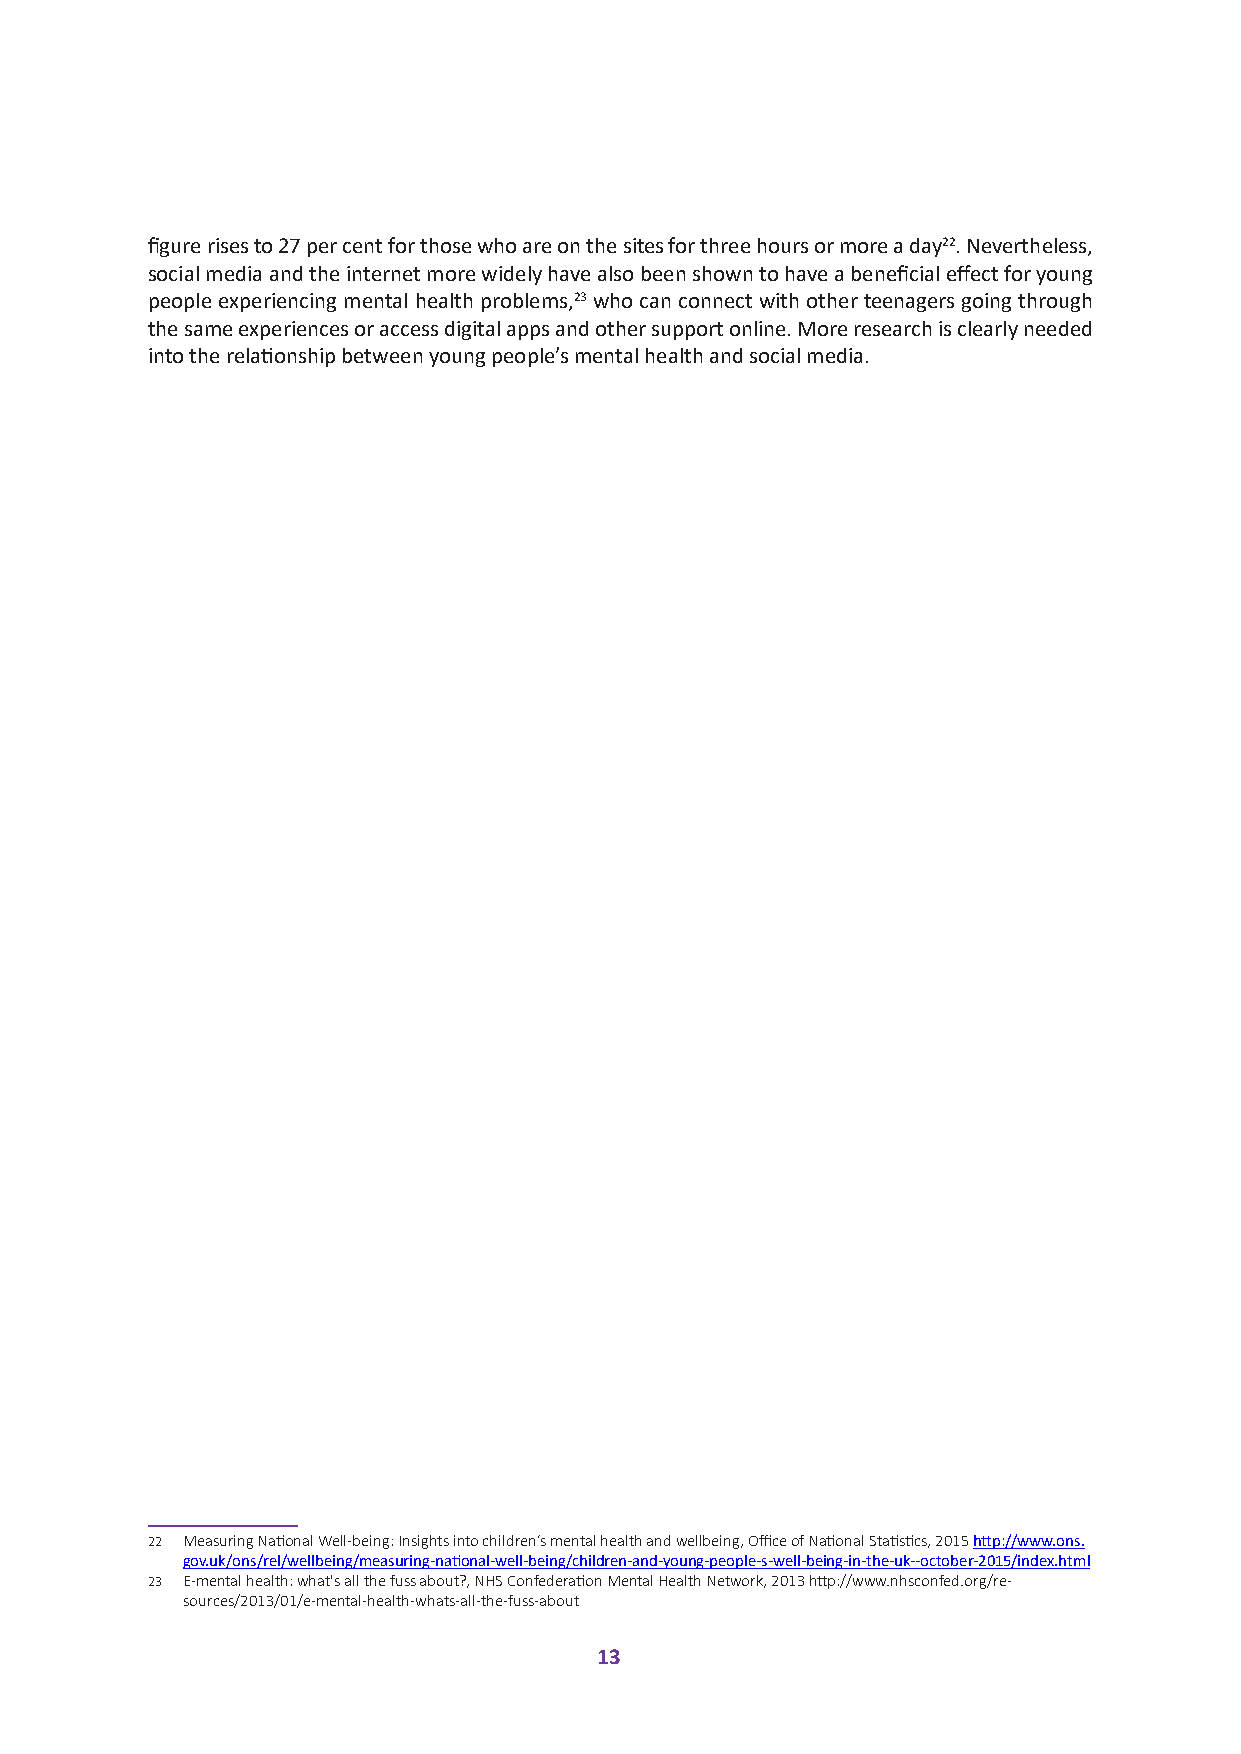
figure rises to 27 per cent for those who are on the sites for three hours or more a day22. Nevertheless,
 social media and the internet more widely have also been shown to have a beneficial effect for young
 people experiencing mental health problems,23 who can connect with other teenagers going through
 the same experiences or access digital apps and other support online. More research is clearly needed
 into the relationship between young people’s mental health and social media.
 22 Measuring National Well-being: Insights into children’s mental health and wellbeing, Office of National Statistics, 2015 http://www.ons.
 gov.uk/ons/rel/wellbeing/measuring-national-well-being/children-and-young-people-s-well-being-in-the-uk--october-2015/index.html
 23 E-mental health: what's all the fuss about?, NHS Confederation Mental Health Network, 2013 http://www.nhsconfed.org/re-
 sources/2013/01/e-mental-health-whats-all-the-fuss-about
 13